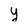
Character: y